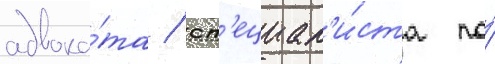
адвока́та / сп'ециал'и́ста по́